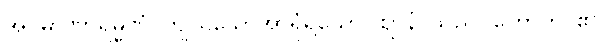
အပ္ပမာဏာရမ္မဏံ၊ ကျယ်သောအာရုံရှိသော။ ဈာနံ၊ သည်။ ဟောတိ၊ ၏။